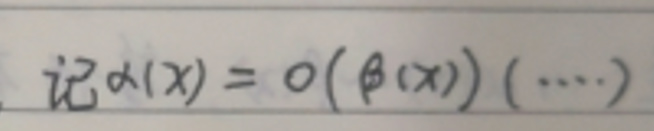
记\(\alpha(x)=o(\beta(x))(\cdots)\)